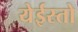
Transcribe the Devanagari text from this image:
येईस्तो